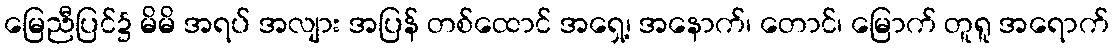
မြေညီပြင်၌ မိမိ အရပ် အလျား အပြန် တစ်ထောင် အရှေ့၊ အနောက်၊ တောင်၊ မြောက် တူရူ အရောက်